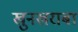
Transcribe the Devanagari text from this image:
खुनखराबा